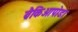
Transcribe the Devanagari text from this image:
ब्रैकिओपोडा